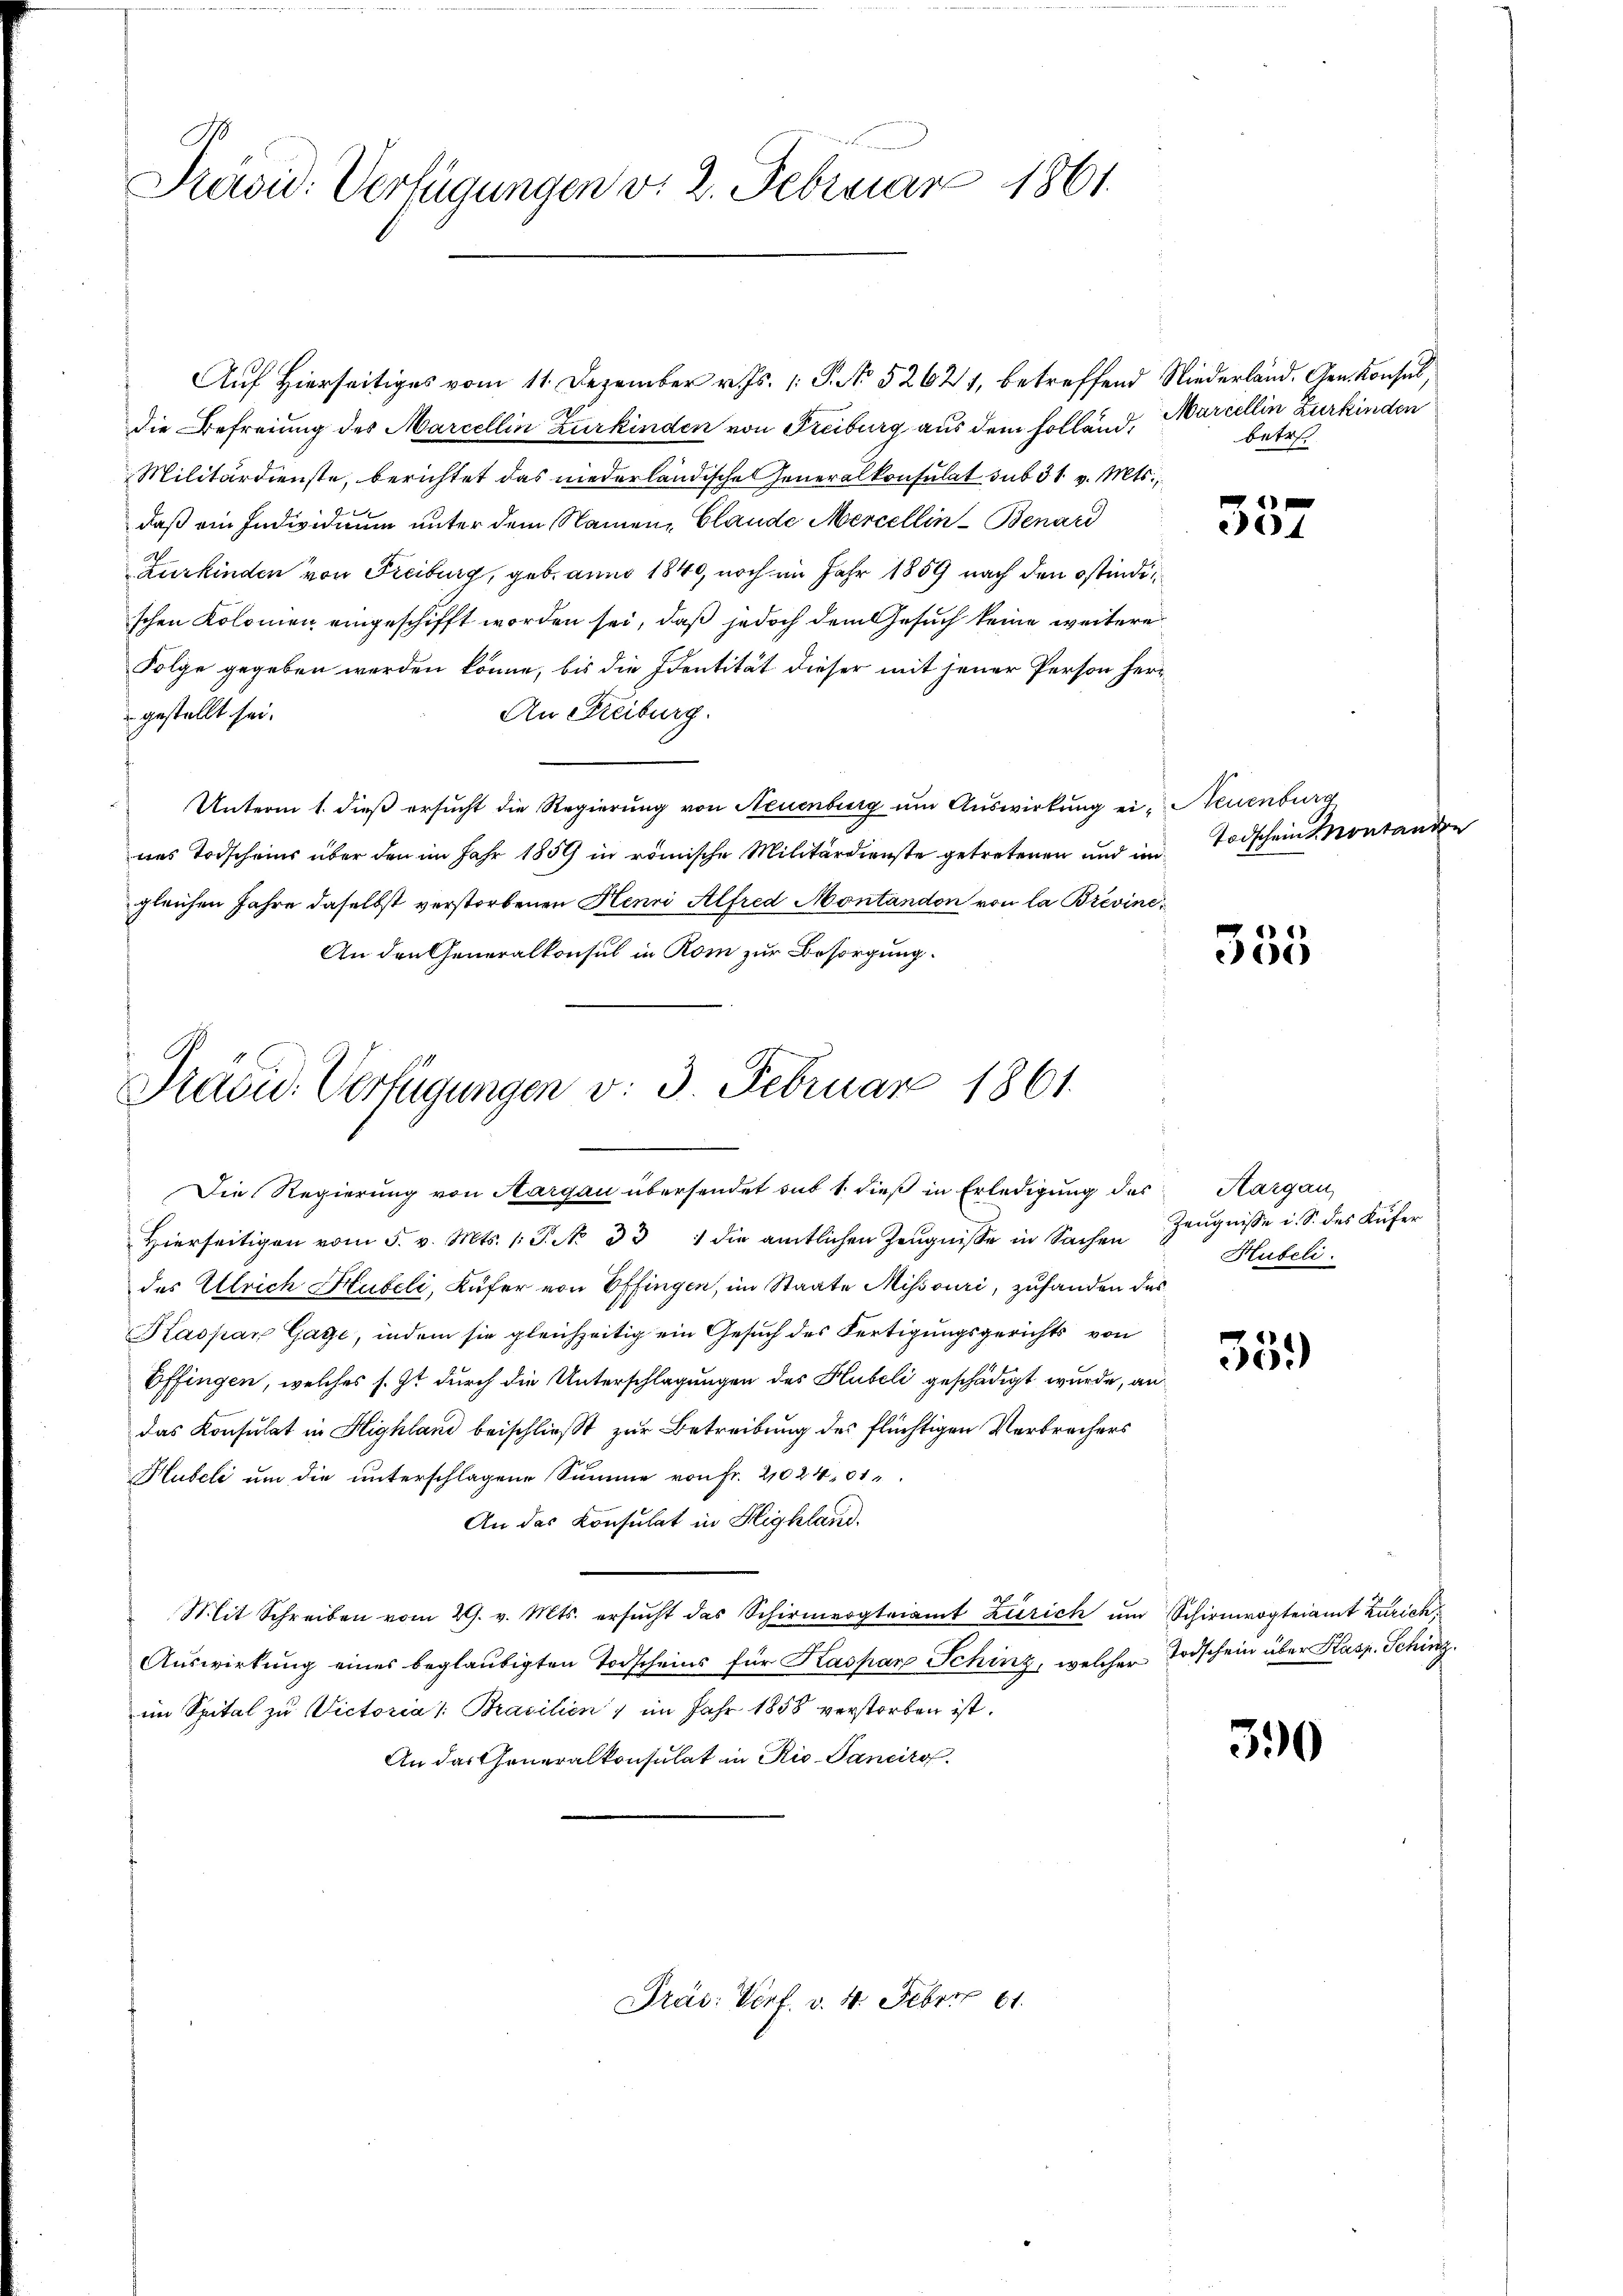
Previd. Verfügungen v. 2. Februar 1861.

die Befreiung des Marcellin Zurkinden von Freiburg aus dem Holland, Marcellin Zurkinden
Militärdienste, berichtet das niederländische Generalkonsulat sub 31. v. Mts.,
daß ein Individuum unter dem Namen, Glande Mercellin - Benard
Zurkinden von Freiburg, geb. anno 1840, noch im Jahr 1859 nach den ostindischen Kolomen eingeschifft worden sei, daß jedoch dem Gesuch keine weitere
Folge gegeben werden könne, bis die Identität dieser mit jener Person her¬
An Freiburg.
gestellt sei.
Unterm 1. dieß ersucht die Regierung von Neuenburg um Auswirkung ein Neuenburg
nes Torscheins über den im Jahr 1859 in römische Militärdienste getretenen und ungleichen Jahre daselbst verstorbenen Henri Alfred Montandon von la Brevine¬
An den Generalkonsul in Rom zur Besorgung.

Präsid. Verfügungen v. 3. Februar 1861.
.

Auf Hierseitiges vom 11. Dezember v. Js. 1. P. No 52621, betreffend Niederland. Gen. Konsul,

Die Regierung von Aargau übersendet sub 1. dieß in Erledigung des Aargau
Hierseitigen vom 5. v. Mts. 1: P. No 331 die amtlichen Zeugnisse in Sachen
des Ulrich Hubeli, Küfer von Effingen, im Staate Missouri, zufanden des
Kaspar Gage, indem sie gleichzeitig ein Gesuch des Fertigungsgerichts von
Effingen, welches s. Zt durch die Unterschlagungen des Hubeli geschädigt wurde, andas Konsulat in Highland beischließt zur Betreibung des flüchtigen Verbrechers
Hubeli um die unterschlagene Summe von Fr. 21024,01
An das Konsulat in Highland.
Mit Schreiben vom 29. v. Mts. ersŭcht das Schirmengteiamt Zürich ŭm Schirmvogteiamt Zürich
Auswirkung eines beglaubigten Todscheins für Kaspar Schinz, welcher Todschein über Kasp. Schinz
im Spital zu Victoria /: Brasilien ) im Jahr 1858 verstorben ist.
An das Generalkonsulat in Rio-Panciro

Präs: Verf. v. 4. Febr. 61.

betr.

1
4

Todschein Montanden

1
01)

Zeugnisse i. S. des Küfer
Hübeli

35.)

390